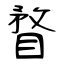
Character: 瞀